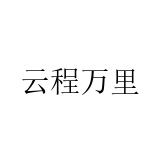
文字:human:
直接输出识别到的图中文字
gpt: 云程万里